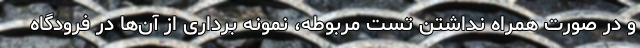
و در صورت همراه نداشتن تست مربوطه، نمونه برداری از آن‌ها در فرودگاه